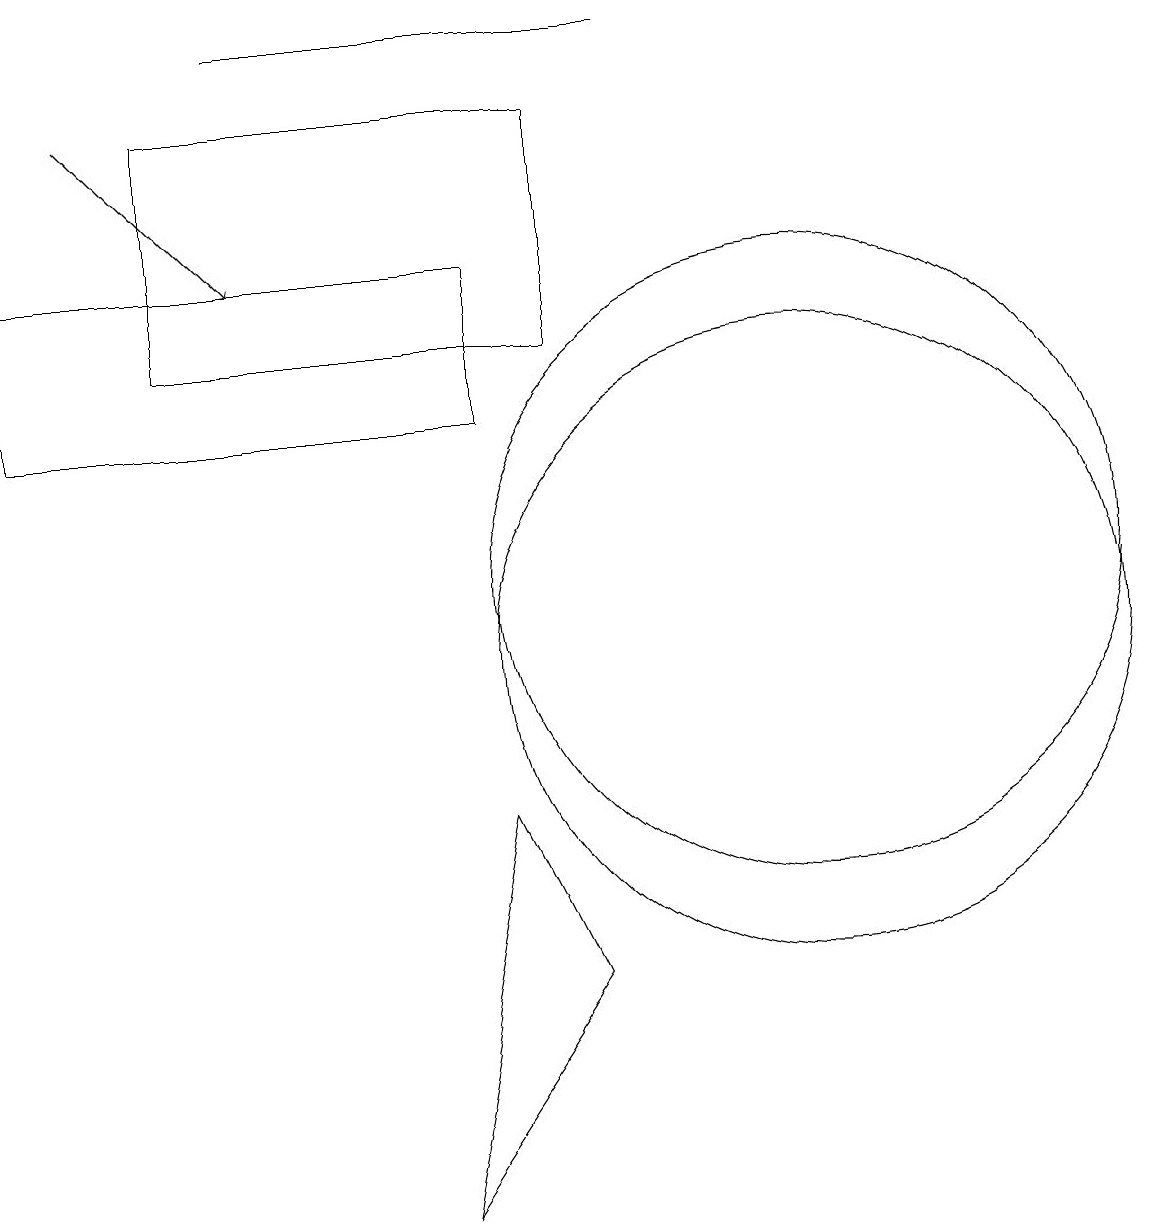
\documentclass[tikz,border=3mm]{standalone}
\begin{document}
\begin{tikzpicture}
\draw (10,11) circle (4);
\draw (8,18) rectangle (3,18);
\draw (10,10) circle (4);
\draw[->] (1,17) -- (3,15);
\draw (0,13) rectangle (6,15);
\draw (2,14) rectangle (7,17);
\draw (6,8) -- (5,3) -- (7,6) -- cycle;
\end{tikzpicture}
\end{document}